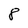
Character: 8